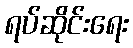
ရပ်ဆိုင်းရေး